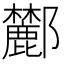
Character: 𨟤